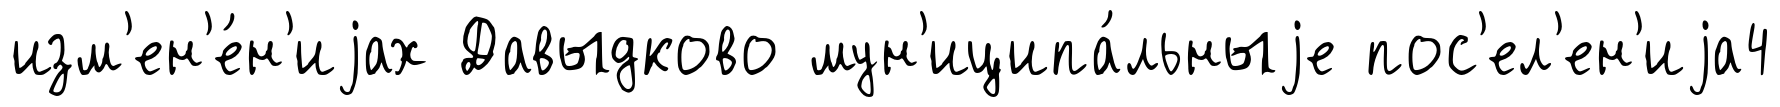
изм'ен'е́н'иjах Давыдково мун'иципа́льныjе пос'ел'ен'иjа4